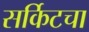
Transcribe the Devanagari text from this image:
सर्किटचा